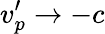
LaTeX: v_{p}^{\prime}\rightarrow-c